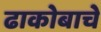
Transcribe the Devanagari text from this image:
ढाकोबाचे